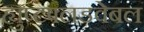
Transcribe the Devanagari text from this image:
ह्युप्टफ्लडवेबल